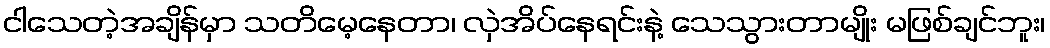
ငါသေတဲ့အချိန်မှာ သတိမေ့နေတာ၊ လှဲအိပ်နေရင်းနဲ့ သေသွားတာမျိုး မဖြစ်ချင်ဘူး၊